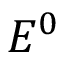
E ^ { 0 }